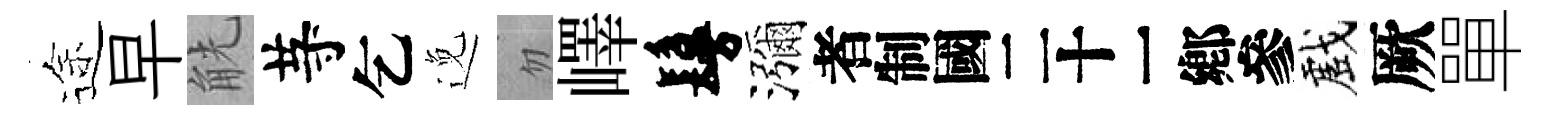
途早觥䒭乞𨓜忽嶧鬘瀰识戲厥單